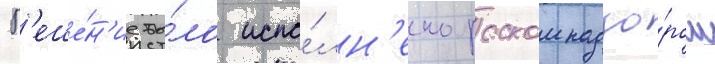
Р'еше́н'ие бы́ло испо́лн'ено роскомнадзо́ром